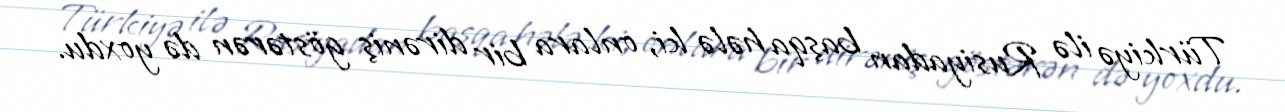
Türkiyə ilə Rusiyadan başqa hələ ki, onlara bir dirəniş göstərən də yoxdu.